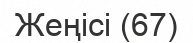
Жеңісі (67)